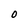
Character: O